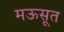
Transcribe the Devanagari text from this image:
मऊसूत